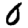
Digit: 0